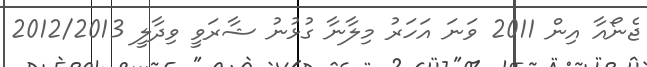
ޖެނޯއާ އިން 2011 ވަނަ އަހަރު މިލާނާ ގުޅުނު ޝާރަވީ ވިދާލީ 2012/2013